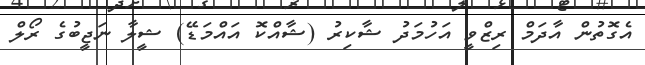
އެގޮތުން އާދަމް ރިޒްވީ އަހުމަދު ޝާކިރު (ޝާއްކޮ އައްމަޑޭ) ޝީލާ ނަޖީބުގެ ރޯލް